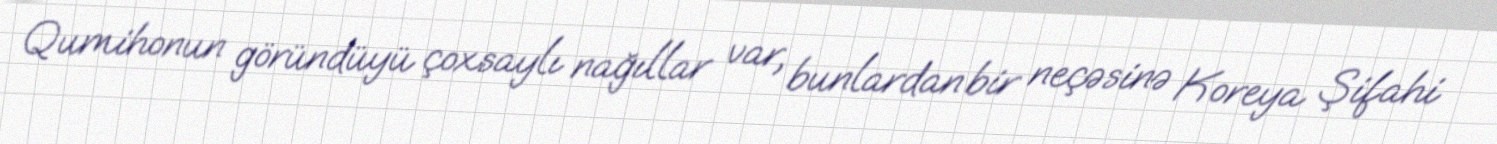
Qumihonun göründüyü çoxsaylı nağıllar var, bunlardan bir neçəsinə Koreya Şifahi